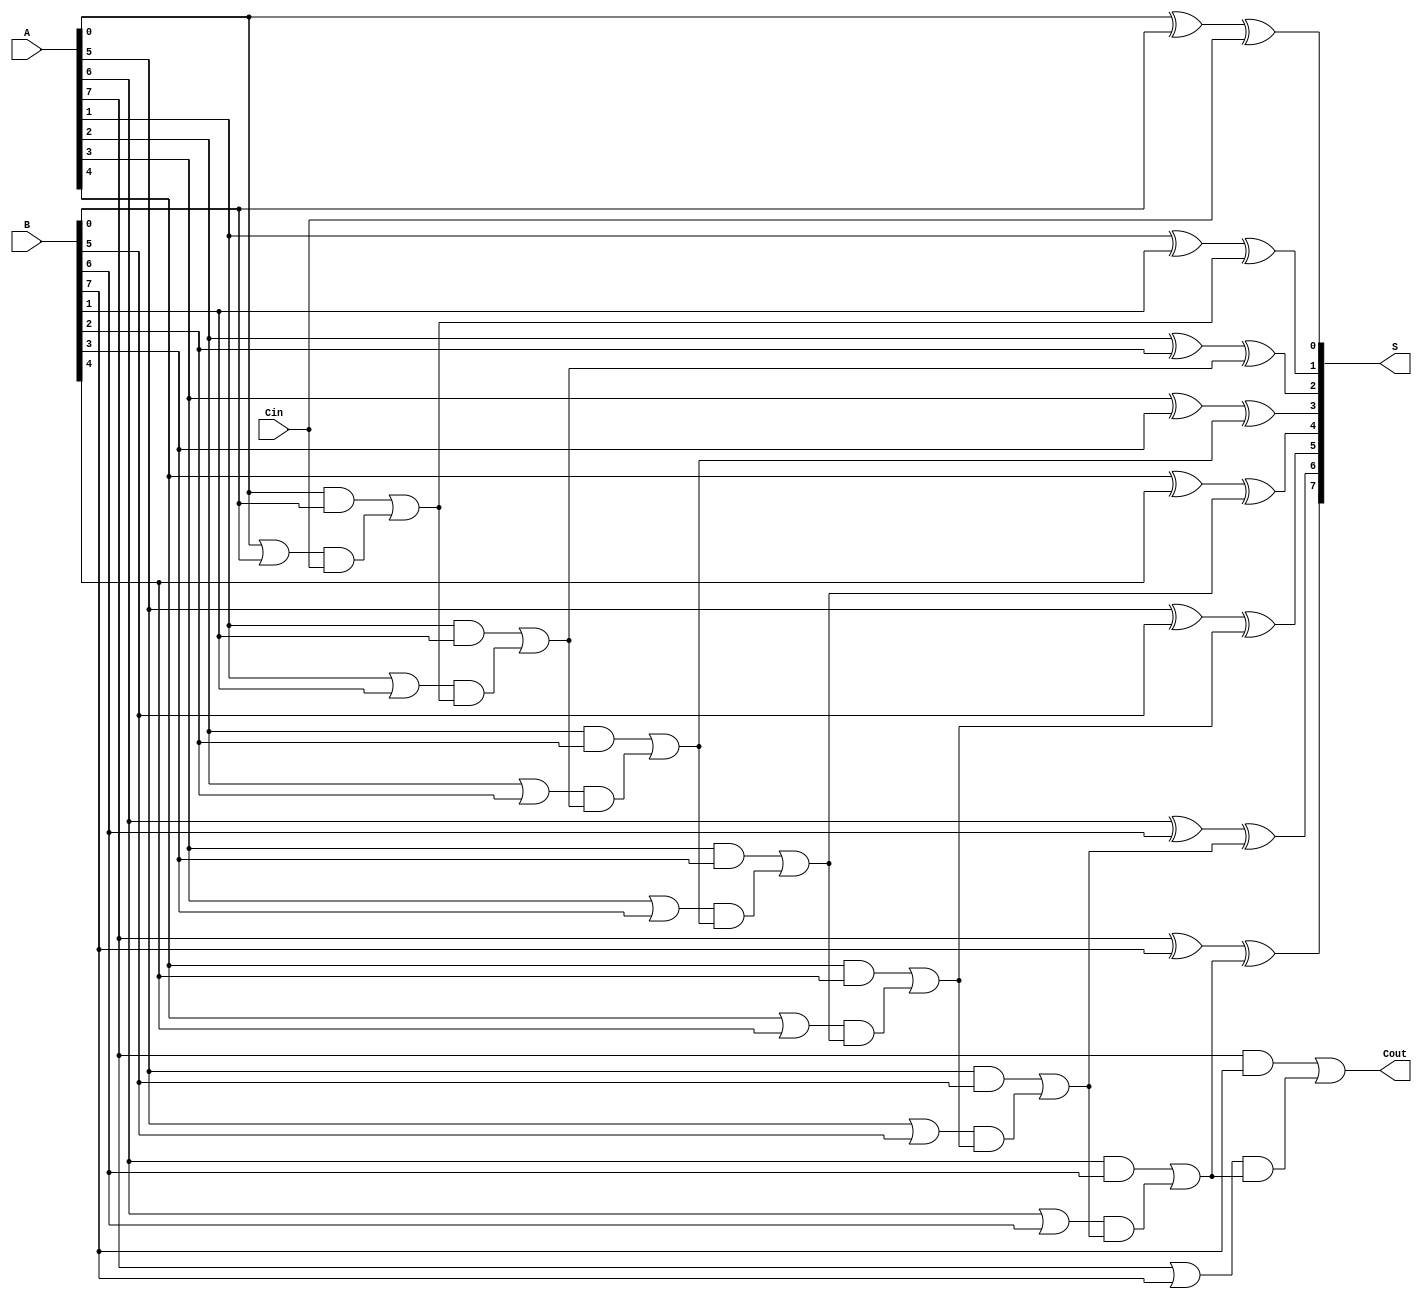
module han_carlson_adder #(
    parameter N = 8 // Change N to the desired bit width
) (
    input  wire [N-1:0] A,        // First N-bit input
    input  wire [N-1:0] B,        // Second N-bit input
    input  wire Cin,               // Carry-in
    output wire [N-1:0] S,         // N-bit sum output
    output wire Cout               // Carry-out
);
    
    wire [N-1:0] G;               // Generate signals
    wire [N-1:0] P;               // Propagate signals
    wire [N:0] C;                 // Carry signals (C[0] = Cin, C[N] = Cout)
    
    // Generate and Propagate calculations
    genvar i;
    generate
        for (i = 0; i < N; i = i + 1) begin : gen_and_prop
            assign G[i] = A[i] & B[i]; // Generate signal
            assign P[i] = A[i] | B[i]; // Propagate signal
        end
    endgenerate
    
    // Carry signal calculation
    assign C[0] = Cin; // Initial carry input
    generate
        for (i = 0; i < N; i = i + 1) begin : carry_logic
            if (i == 0) begin
                assign C[i + 1] = G[i] | (P[i] & C[i]); // Carry for the first block
            end else begin
                assign C[i + 1] = G[i] | (P[i] & C[i]); // Carry based on generate and propagate
            end
        end
    endgenerate
    
    // Sum output calculation
    generate
        for (i = 0; i < N; i = i + 1) begin : sum_calc
            assign S[i] = A[i] ^ B[i] ^ C[i]; // Sum calculation
        end
    endgenerate

    // Final carry-out
    assign Cout = C[N]; // Carry-out from the last group

endmodule